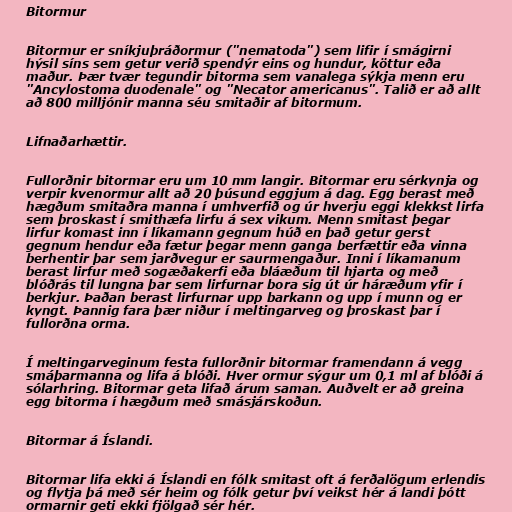
Bitormur

Bitormur er sníkjuþráðormur ("nematoda") sem lifir í smágirni
hýsil síns sem getur verið spendýr eins og hundur, köttur eða
maður. Þær tvær tegundir bitorma sem vanalega sýkja menn eru
"Ancylostoma duodenale" og "Necator americanus". Talið er að allt
að 800 milljónir manna séu smitaðir af bitormum.

Lifnaðarhættir.

Fullorðnir bitormar eru um 10 mm langir. Bitormar eru sérkynja og
verpir kvenormur allt að 20 þúsund eggjum á dag. Egg berast með
hægðum smitaðra manna í umhverfið og úr hverju eggi klekkst lirfa
sem þroskast í smithæfa lirfu á sex vikum. Menn smitast þegar
lirfur komast inn í líkamann gegnum húð en það getur gerst
gegnum hendur eða fætur þegar menn ganga berfættir eða vinna
berhentir þar sem jarðvegur er saurmengaður. Inni í líkamanum
berast lirfur með sogæðakerfi eða bláæðum til hjarta og með
blóðrás til lungna þar sem lirfurnar bora sig út úr háræðum yfir í
berkjur. Þaðan berast lirfurnar upp barkann og upp í munn og er
kyngt. Þannig fara þær niður í meltingarveg og þroskast þar í
fullorðna orma.

Í meltingarveginum festa fullorðnir bitormar framendann á vegg
smáþarmanna og lifa á blóði. Hver ormur sýgur um 0,1 ml af blóði á
sólarhring. Bitormar geta lifað árum saman. Auðvelt er að greina
egg bitorma í hægðum með smásjárskoðun.

Bitormar á Íslandi.

Bitormar lifa ekki á Íslandi en fólk smitast oft á ferðalögum erlendis
og flytja þá með sér heim og fólk getur því veikst hér á landi þótt
ormarnir geti ekki fjölgað sér hér.